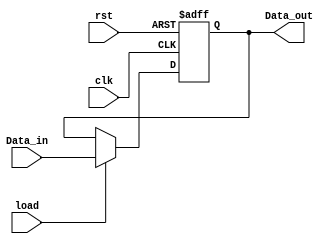
`timescale 1ns / 1ps

module registro(clk, rst, load, Data_in, Data_out);
 input clk, rst, load;
 input [3:0] Data_in;
 output reg [3:0] Data_out;


 always @(posedge clk or posedge rst)
 
	if (rst)
		Data_out = 0;
		
	else if (load)
		Data_out = Data_in;
	
	else 
		Data_out = Data_out;
 
endmodule